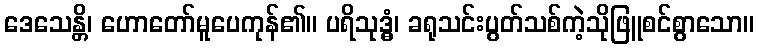
ဒေသေန္တိ၊ ဟောတော်မူပေကုန်၏။ ပရိသုဒ္ဓံ၊ ခရုသင်းပွတ်သစ်ကဲ့သိုဖြူစင်စွာသော။